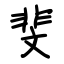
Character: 斐